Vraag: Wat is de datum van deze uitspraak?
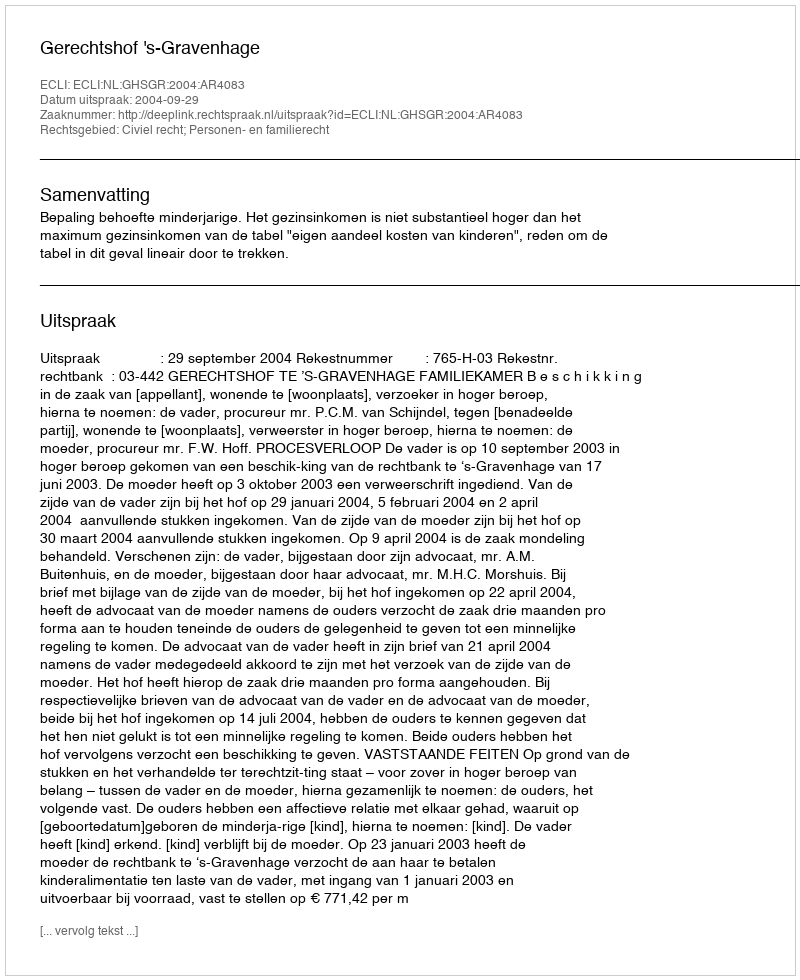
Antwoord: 2004-09-29